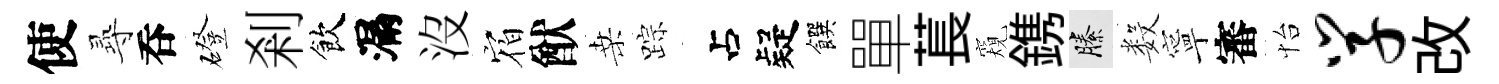
使𡬶呑磴剎飲漏沒𪧐猷桑踪疑饌單萇窺鎸縢数寧審怡学改